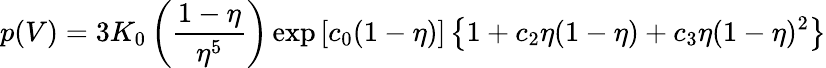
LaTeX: p(V)=3K_{0}\left({\frac{1-\eta}{\eta^{5}}}\right)\exp\left[c_{0}(1-\eta)\right]\left\{ 1+c_{2}\eta(1-\eta)+c_{3}\eta(1-\eta)^{2}\right\}